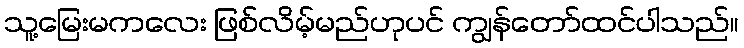
သူ့မြေးမကလေး ဖြစ်လိမ့်မည်ဟုပင် ကျွန်တော်ထင်ပါသည်။